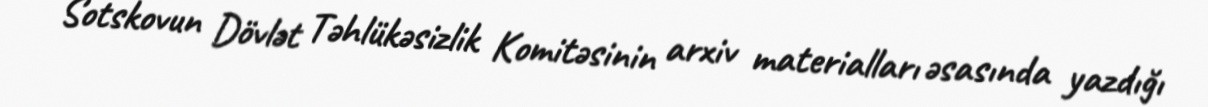
Sotskovun Dövlət Təhlükəsizlik Komitəsinin arxiv materialları əsasında yazdığı